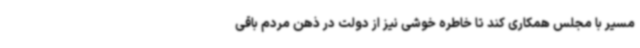
مسیر با مجلس همکاری کند تا خاطره خوشی نیز از دولت در ذهن مردم باقی